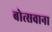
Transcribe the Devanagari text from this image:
बोत्‍सवाना